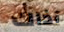
آذاك